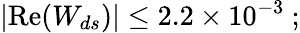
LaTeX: \left|\mathrm{Re}(W_{ds})\right|\leq 2.2\times 10^{-3}~;